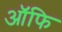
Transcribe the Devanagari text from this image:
ऑफि